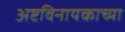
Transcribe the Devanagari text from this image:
अष्टविनायकाच्या